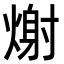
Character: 𭵪